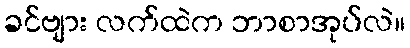
ခင်ဗျား လက်ထဲက ဘာစာအုပ်လဲ။